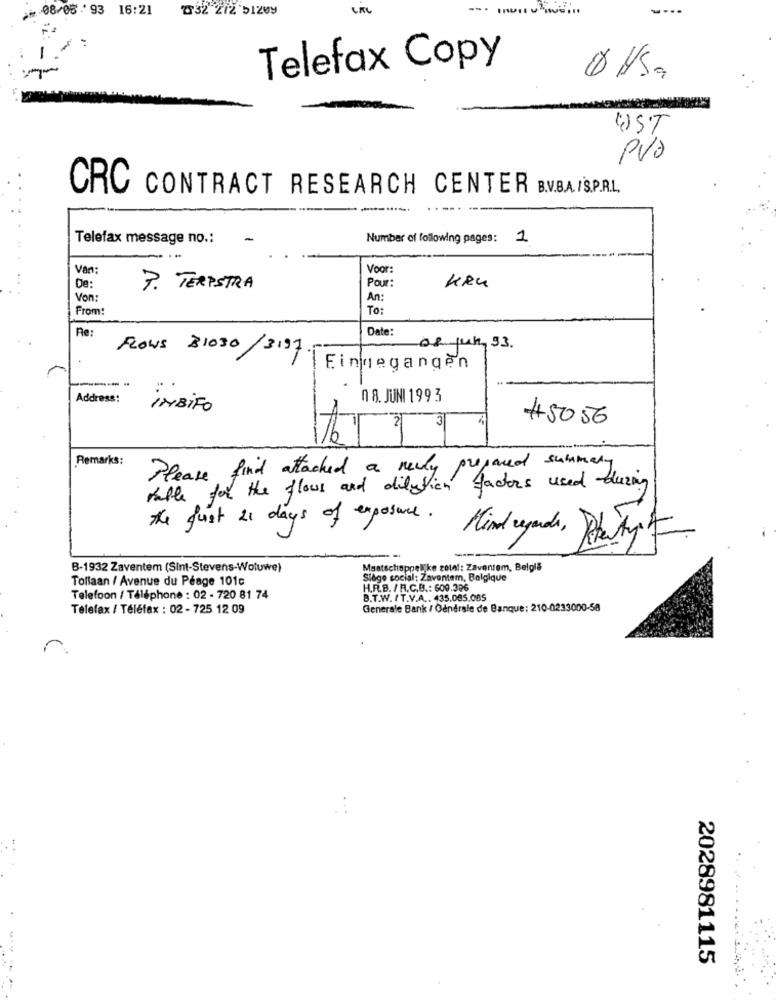
08/05 ' 93 16:21
W32 272 51209
----
Telefax Copy
UST
PVO
CRC CONTRACT RESEARCH CENTER B.V.B.A./S.P.R.L.
Telefax message no .:
Number of following pages:
Van:
Voor:
KRU
De:
7. TERPSTRA
Pour:
Von:
An:
From!
To:
Date:
Re:
FLOWS 31030/3197
08 jun, 53.
Eingegangen
Address:
08. JUNI 1993
IMBiFO
2
#5056
Remarks:
Please find attached a newly prepared summary
table for the flows and dilation factors used during
the just 21 days of exposure.
Kind regards ,
B-1932 Zaventem (Sint-Stevens-Woluwe)
Maatschappelijke zotel: Zaventem, Belgia
Tollaan / Avenue du Péage 101c
Siège social: Zaventem, Belgique
H.R.B. / H.C.B .: 609.396
Telefoon / Téléphone : 02 - 720 81 74
B.T.W. / T.V.A .. 435.085.085
Telefax / Téléfax : 02 - 725 12 09
Generale Bank / Oandrale de Banque: 210-0233000-58
r
2028981115